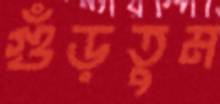
গুঁড়তুম